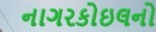
નાગરકોઇલનો